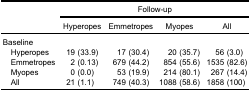
| <ROWSPAN=3>  | <COLSPAN=4> Follow-up |
 | Hyperopes | Emmetropes | Myopes | All |
 | --- | --- | --- | --- | --- |
 | Baseline |  |  |  |  |
 | Hyperopes | 19 (33.9) | 17 (30.4) | 20 (35.7) | 56 (3.0) |
 | Emmetropes | 2 (0.13) | 679 (44.2) | 854 (55.6) | 1535 (82.6) |
 | Myopes | 0 (0.0) | 53 (19.9) | 214 (80.1) | 267 (14.4) |
 | All | 21 (1.1) | 749 (40.3) | 1088 (58.6) | 1858 (100) |